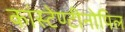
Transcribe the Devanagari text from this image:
कांस्टेण्टीनोपिल